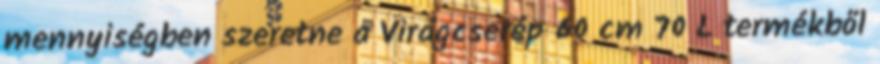
mennyiségben szeretne a Virágcserép 60 cm 70 L termékből